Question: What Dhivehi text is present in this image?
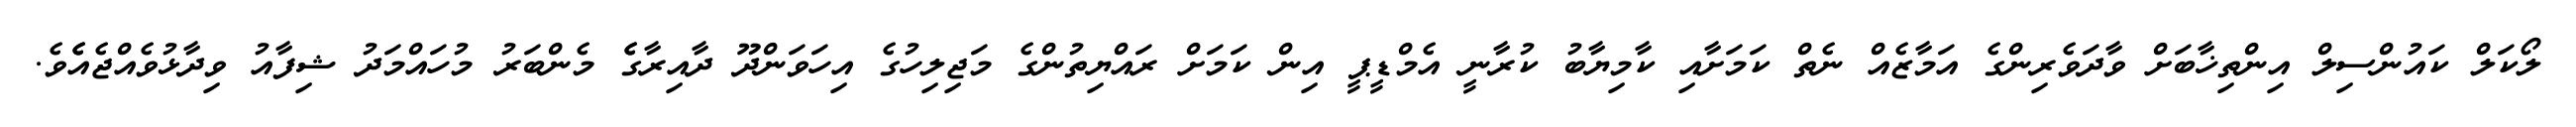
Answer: ލޯކަލް ކައުންސިލް އިންތިޚާބަށް ވާދަވެރިންގެ އަމާޒެއް ނެތް ކަމަށާއި ކާމިޔާބު ކުރާނީ އެމްޑީޕީ އިން ކަމަށް ރައްޔިތުންގެ މަޖިލިހުގެ އިހަވަންދޫ ދާއިރާގެެ މެންބަރު މުހައްމަދު ޝިފާއު ވިދާޅުވެއްޖެއެެވެ.